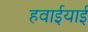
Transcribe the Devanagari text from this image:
हवाईयाई